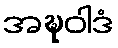
အဍ္ဎဝါဒံ